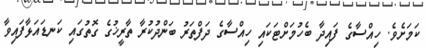
ކަމަށެވެ. ހިއްސާގެ ފައިދާ ބެހުމަށްޓަކައި ހިއްސާގެ ދަފްތަރު ބަންދުކުރާ ތާރީޚުގެ ގޮތުގައި ކަނޑައަޅާފައިވާ